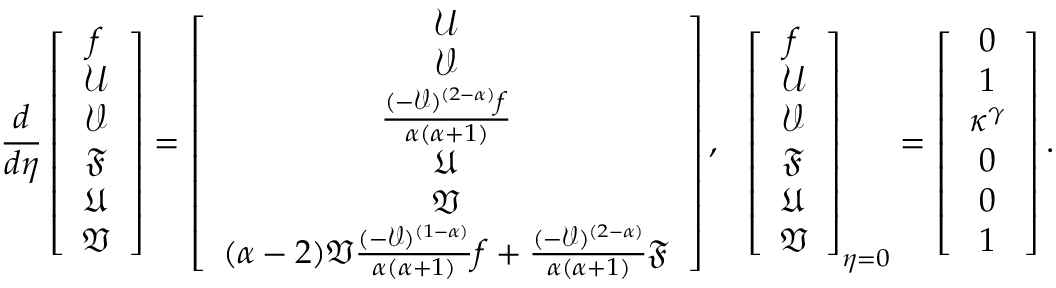
\frac { d } { d \eta } \left[ \begin{array} { c c c c c c c } { f } \\ { \mathcal { U } } \\ { \mathcal { V } } \\ { \mathfrak { F } } \\ { \mathfrak { U } } \\ { \mathfrak { V } } \end{array} \right] = \left[ \begin{array} { c c c c c c c } { \mathcal { U } } \\ { \mathcal { V } } \\ { \frac { ( - \mathcal { V } ) ^ { ( 2 - \alpha ) } f } { \alpha ( \alpha + 1 ) } } \\ { \mathfrak { U } } \\ { \mathfrak { V } } \\ { ( \alpha - 2 ) \mathfrak { V } \frac { ( - \mathcal { V } ) ^ { ( 1 - \alpha ) } } { \alpha ( \alpha + 1 ) } f + \frac { ( - \mathcal { V } ) ^ { ( 2 - \alpha ) } } { \alpha ( \alpha + 1 ) } \mathfrak { F } } \end{array} \right] , ~ ~ \left[ \begin{array} { c c c c c c c } { f } \\ { \mathcal { U } } \\ { \mathcal { V } } \\ { \mathfrak { F } } \\ { \mathfrak { U } } \\ { \mathfrak { V } } \end{array} \right] _ { \eta = 0 } = \left[ \begin{array} { c c c c c c c } { 0 } \\ { 1 } \\ { \kappa ^ { \gamma } } \\ { 0 } \\ { 0 } \\ { 1 } \end{array} \right] .